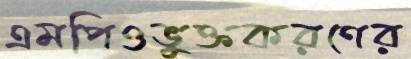
এমপিওভুক্তকরণের